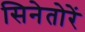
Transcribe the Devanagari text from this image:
सिनेतोरें